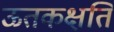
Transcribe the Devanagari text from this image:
ऊतकक्षति